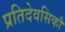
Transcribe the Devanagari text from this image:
प्रतिदेवसिकौ